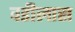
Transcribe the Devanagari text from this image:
वडीलास